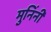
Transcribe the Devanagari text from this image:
मुनिंनी